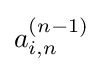
a_{i,n}^{(n-1)}